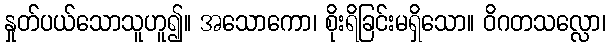
နှုတ်ပယ်သောသူဟူ၍။ အသောကော၊ စိုးရိခြင်းမရှိသော။ ဝိဂတသလ္လော၊